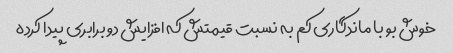
خوش بو با ماندگاری کم به نسبت قیمتش که افزایش دو برابری پیدا کرده